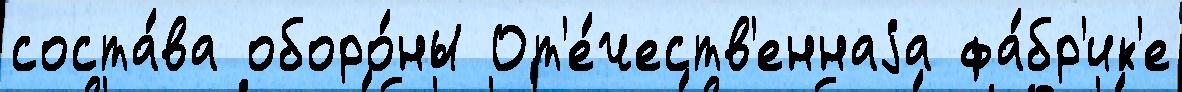
соста́ва оборо́ны От'е́честв'еннаjа фа́бр'ик'е